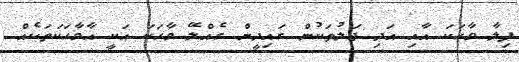
ފިލާ ވާހަކަ އާއި އަދި ޖަލުތަކުން ގައިދީން ގެއްލޭ ވާހަކަ އަކީ އާވާހަކަތަކެއް